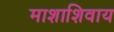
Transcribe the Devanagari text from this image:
माशाशिवाय